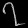
Digit: ၇